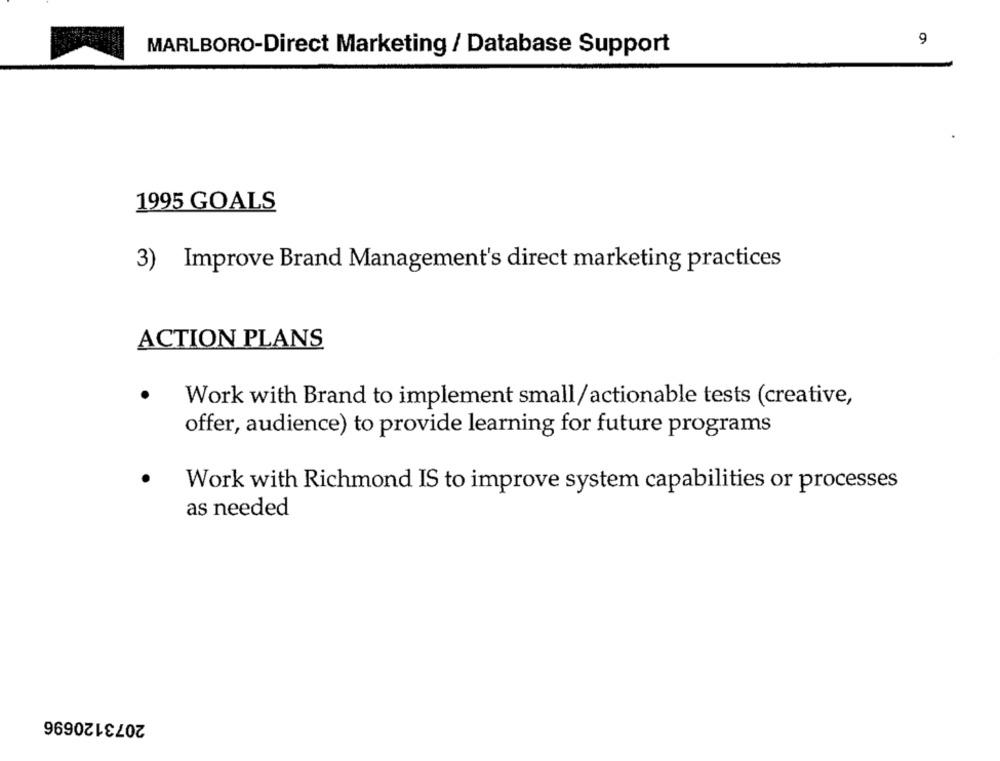
9
MARLBORO-Direct Marketing / Database Support
1995 GOALS
3) Improve Brand Management's direct marketing practices
ACTION PLANS
Work with Brand to implement small/actionable tests (creative,
offer, audience) to provide learning for future programs
Work with Richmond IS to improve system capabilities or processes
as needed
2073120696